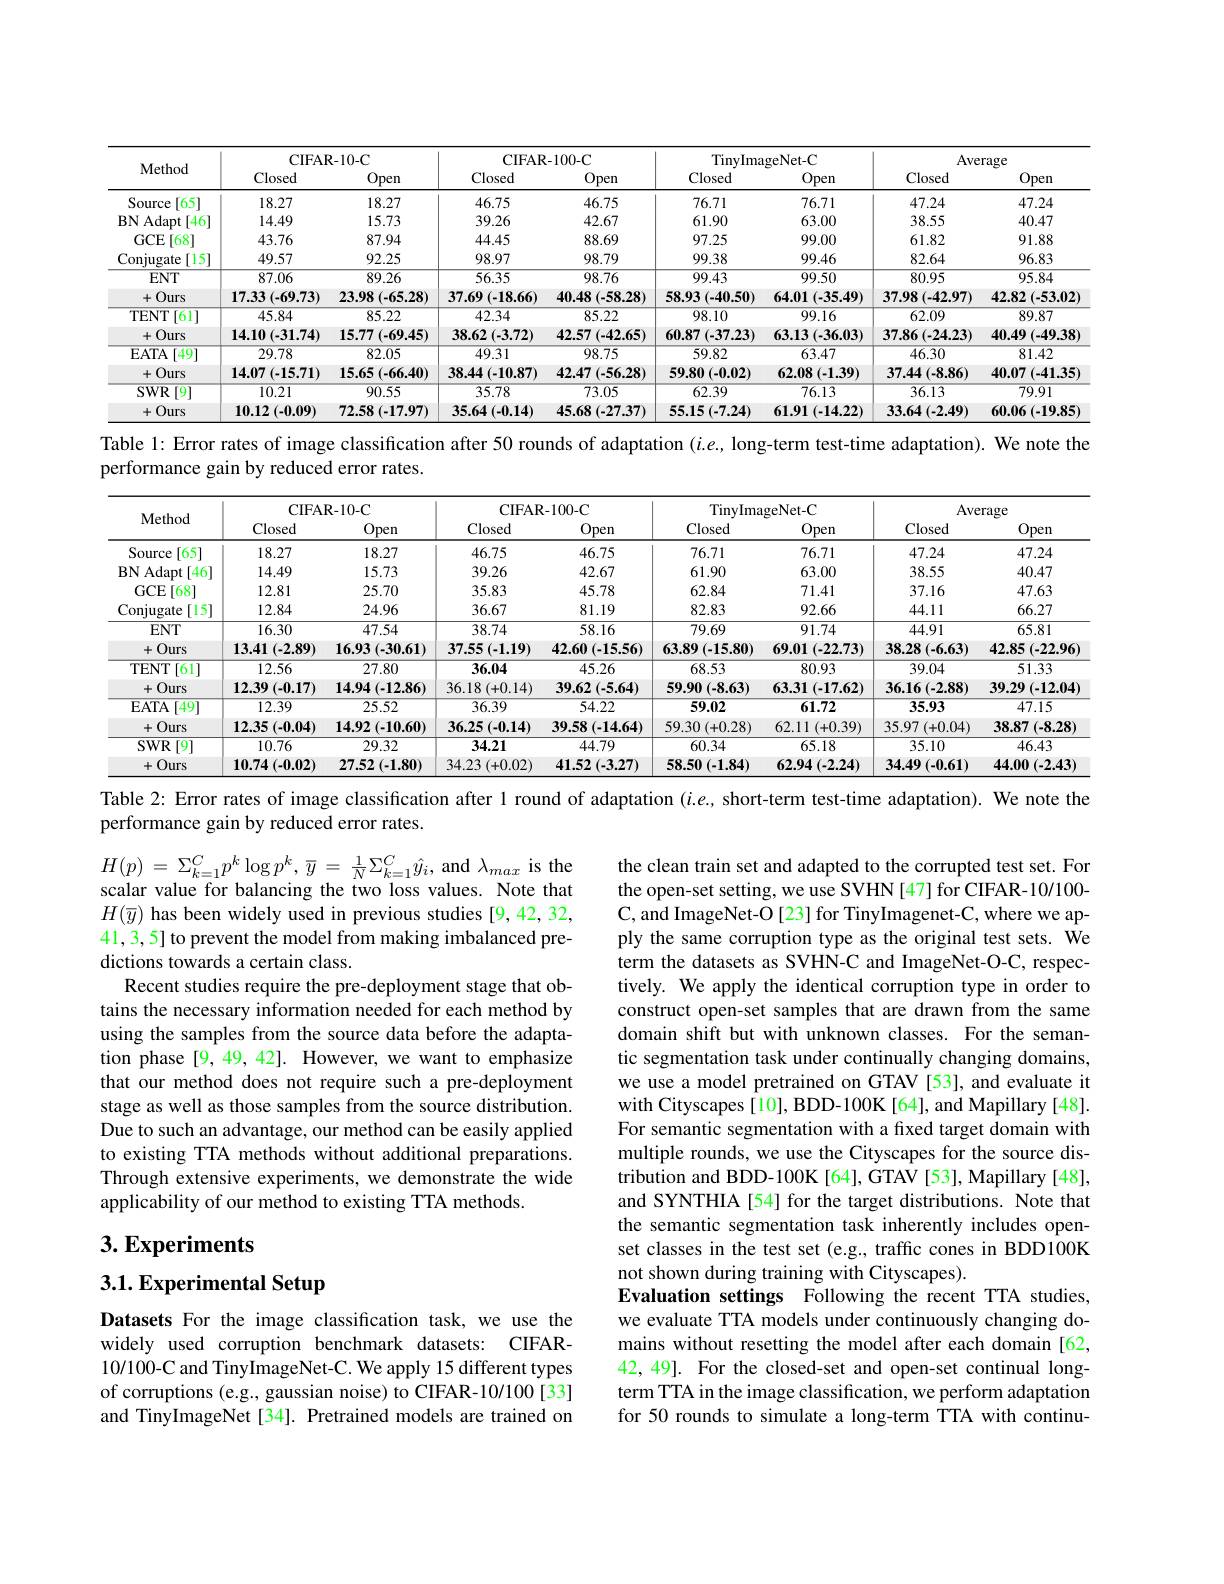
<table>
	<tbody>
		<tr>
			<th rowspan="2">Method</th>
			<th colspan="2">CIFAR-10-C</th>
			<th colspan="2">CIFAR-100-C</th>
			<th colspan="2">TinyImageNet-C</th>
			<th colspan="2">Average</th>
		</tr>
		<tr>
			<th>Closed</th>
			<th>Open</th>
			<th>Closed</th>
			<th>Open</th>
			<th>Closed</th>
			<th>Open</th>
			<th>Closed</th>
			<th>Open</th>
		</tr>
		<tr>
			<td>Source [65]</td>
			<td>18.27</td>
			<td>18.27</td>
			<td>46.75</td>
			<td>46.75</td>
			<td>76.71</td>
			<td>76.71</td>
			<td>47.24</td>
			<td>47.24</td>
		</tr>
		<tr>
			<td>BNAdapt [46]</td>
			<td>14.49</td>
			<td>15.73</td>
			<td>39.26</td>
			<td>42.67</td>
			<td>61.90</td>
			<td>63.00</td>
			<td>38.55</td>
			<td>40.47</td>
		</tr>
		<tr>
			<td>$GCE$ $[68^{..}]$</td>
			<td>43.76</td>
			<td>87.94</td>
			<td>44.45</td>
			<td>88.69</td>
			<td>97.25</td>
			<td>99.00</td>
			<td>61.82</td>
			<td>91.88</td>
		</tr>
		<tr>
			<td>Conjugate [15]</td>
			<td>49.57</td>
			<td>92.25</td>
			<td>98.97</td>
			<td>98.79</td>
			<td>99.38</td>
			<td>99.46</td>
			<td>82.64</td>
			<td>96.83</td>
		</tr>
		<tr>
			<td>$ENT$</td>
			<td>87.06</td>
			<td>89.26</td>
			<td>56.35</td>
			<td>98.76</td>
			<td>99.43</td>
			<td>99.50</td>
			<td>80.95</td>
			<td>95.84</td>
		</tr>
		<tr>
			<td>+( Ours </td>
			<td>17.33(-69.73)</td>
			<td>23.98(-65.28)</td>
			<td>37.69(-18.66)</td>
			<td>40.48(-58.28)</td>
			<td>58.93(-40.50)</td>
			<td>64.01(-35.49)</td>
			<td>37.98(-42.97)</td>
			<td>$42.82\left(-53.02\right)$</td>
		</tr>
		<tr>
			<td>TENT [61]</td>
			<td>45.84</td>
			<td>85.22</td>
			<td>42.34</td>
			<td>85.22</td>
			<td>98.10</td>
			<td>99.16</td>
			<td>62.09</td>
			<td>89.87</td>
		</tr>
		<tr>
			<td>+( Ours</td>
			<td>14.10(-31.74)</td>
			<td>15.77(-69.45)</td>
			<td>$38.62\left(-3.72\right)$</td>
			<td>42.57(-42.65)</td>
			<td>60.87(-37.23)</td>
			<td>63.13(-36.03)</td>
			<td>$37.86\left(-24.23\right)$</td>
			<td>40.49(-49.38</td>
		</tr>
		<tr>
			<td>EATA 49</td>
			<td>29.78</td>
			<td>82.05</td>
			<td>49.31</td>
			<td>98.75</td>
			<td>59.82</td>
			<td>63.47</td>
			<td>46.30</td>
			<td>81.42</td>
		</tr>
		<tr>
			<td>+( Ours </td>
			<td>$14.07\left(-15.71\right)$</td>
			<td>15.65(-66.40)</td>
			<td>38.44(-10.87)</td>
			<td>42.47(-56.28)</td>
			<td>59.80(-0.02)</td>
			<td>62.08(-1.39)</td>
			<td>37.44(-8.86)</td>
			<td>$40.07\left(-41.35\right.$</td>
		</tr>
		<tr>
			<td>$SWR$ 9</td>
			<td>10.21</td>
			<td>90.55</td>
			<td>35.78</td>
			<td>73.05</td>
			<td>62.39</td>
			<td>76.13</td>
			<td>36.13</td>
			<td>$\overline{79.91}$</td>
		</tr>
		<tr>
			<td>十 Ours</td>
			<td>$10.12\left(-0.09\right)$</td>
			<td>72.58(-17.97)</td>
			<td>35.64(-0.14)</td>
			<td>45.68(-27.37)</td>
			<td>55.15(-7.24)</td>
			<td>61.91(-14.22)</td>
			<td>33.64(-2.49)</td>
			<td>60.06(-19.85</td>
		</tr>
	</tbody>
</table>

Table 1: Error rates of image classification after 50 rounds of adaptation $(i.e$, long-term test-time adaptation). We note the

performance gain by reduced error rates.

<table>
	<tbody>
		<tr>
			<th rowspan="2">Method</th>
			<th colspan="2">CIFAR-10-C</th>
			<th colspan="2">CIFAR-100-C</th>
			<th colspan="2">TinyImageNet-C</th>
			<th colspan="2">Average</th>
		</tr>
		<tr>
			<th>Closed</th>
			<th>Open</th>
			<th>Closed</th>
			<th>Open</th>
			<th>Closed</th>
			<th>Open</th>
			<th>Closed</th>
			<th>Open</th>
		</tr>
		<tr>
			<td>Source [65]</td>
			<td>18.27</td>
			<td>18.27</td>
			<td>46.75</td>
			<td>46.75</td>
			<td>76.71</td>
			<td>76.71</td>
			<td>47.24</td>
			<td>47.24</td>
		</tr>
		<tr>
			<td>BNAdapt [46]</td>
			<td>14.49</td>
			<td>15.73</td>
			<td>39.26</td>
			<td>42.67</td>
			<td>61.90</td>
			<td>63.00</td>
			<td>38.55</td>
			<td>40.47</td>
		</tr>
		<tr>
			<td>$GCE$ $\lceil68\rceil$</td>
			<td>12.81</td>
			<td>25.70</td>
			<td>35.83</td>
			<td>45.78</td>
			<td>62.84</td>
			<td>71.41</td>
			<td>37.16</td>
			<td>47.63</td>
		</tr>
		<tr>
			<td>Conjugate [15]</td>
			<td>12.84</td>
			<td>24.96</td>
			<td>36.67</td>
			<td>81.19</td>
			<td>82.83</td>
			<td>92.66</td>
			<td>44.11</td>
			<td>66.27</td>
		</tr>
		<tr>
			<td>$ENT$</td>
			<td>16.30</td>
			<td>47.54</td>
			<td>38.74</td>
			<td>58.16</td>
			<td>79.69</td>
			<td>91.74</td>
			<td>44.91</td>
			<td>65.81</td>
		</tr>
		<tr>
			<td>$+Ours$ T</td>
			<td>$13.41\left(-2.89\right)$</td>
			<td>$16.93\left(-30.61\right)$</td>
			<td>$37.55\left(-1.19\right)$</td>
			<td>$42.60\left(-15.56\right)$</td>
			<td>63.89(-15.80)</td>
			<td>69.01(-22.73)</td>
			<td>38.28(-6.63)</td>
			<td>42.85(-22.96)</td>
		</tr>
		<tr>
			<td>TENT [61]</td>
			<td>12.56</td>
			<td>27.80</td>
			<td>36.04</td>
			<td>45.26</td>
			<td>68.53</td>
			<td>80.93</td>
			<td>39.04</td>
			<td>51.33</td>
		</tr>
		<tr>
			<td>Ours +(</td>
			<td>12.39(-0.17)</td>
			<td>$14.94\left(-12.86\right)$</td>
			<td>36.18(+0.14)</td>
			<td>$39.62\left(-5.64\right)$</td>
			<td>59.90(-8.63)</td>
			<td>$63.31\left(-17.62\right)$</td>
			<td>$36.16\left(-2.88\right)$</td>
			<td>$39.29\left(-12.04\right)$</td>
		</tr>
		<tr>
			<td>$\mathbf{EATA}$ $\overline{[49^-}$ 1</td>
			<td>12.39</td>
			<td>25.52</td>
			<td>36.39</td>
			<td>54.22</td>
			<td>59.02</td>
			<td>61.72</td>
			<td>35.93</td>
			<td>47.15</td>
		</tr>
		<tr>
			<td>Ours +( 1 </td>
			<td>12.35(-0.04)</td>
			<td>$14.92\left(-10.60\right)$</td>
			<td>$36.25\left(-0.14\right)$</td>
			<td>$39.58\left(-14.64\right)$</td>
			<td>$59.30\left(+0.28\right)$</td>
			<td>62.11 (+0.39)</td>
			<td>$35.97\left(+0.04\right)$</td>
			<td>38.87(-8.28)</td>
		</tr>
		<tr>
			<td>$SWR$ [9]</td>
			<td>10.76</td>
			<td>29.32</td>
			<td>34.21</td>
			<td>44.79</td>
			<td>60.34</td>
			<td>65.18</td>
			<td>35.10</td>
			<td>46.43</td>
		</tr>
		<tr>
			<td>Ours +( </td>
			<td>10.74(-0.02)</td>
			<td>$27.52\left(-1.80\right)$</td>
			<td>34.23(+0.02)</td>
			<td>$41.52\left(-3.27\right)$</td>
			<td>58.50(-1.84)</td>
			<td>62.94(-2.24)</td>
			<td>34.49(-0.61)</td>
			<td>44.00(-2.43)</td>
		</tr>
	</tbody>
</table>

Table 2: Error rates of image classification after 1 round of adaptation $(i.e$, short-term test-time adaptation). We note the
performance gain by reduced error rates.

$H( p)$ = $\Sigma _{k= 1}^{C}p^{k}\log p^{k}$, $\overline {y}$ = $\frac 1N\Sigma _{k= 1}^{C}\hat{y} _{i}$,and $\lambda_max$ is the scalar value for balancing the two loss values. Note that $H(\overline{y})$ has been widely used in previous studies [9,42,32, 41,3,5] to prevent the model from making imbalanced predictions towards a certain class.
Recent studies require the pre-deployment stage that obtains the necessary information needed for each method by using the samples from the source data before the adaptation phase [9,49,42]. However, we want to emphasize that our method does not require such a pre-deployment stage as well as those samples from the source distribution. Due to such an advantage, our method can be easily applied to existing TTA methods without additional preparations. Through extensive experiments, we demonstrate the wide applicability of our method to existing TTA methods.

the clean train set and adapted to the corrupted test set. For the open-set setting, we use SVHN[47] for CIFAR-10/100- C, and ImageNet-O [23] for TinyImagenet-C, where we apply the same corruption type as the original test sets. We term the datasets as SVHN-C and ImageNet-O-C, respectively. We apply the identical corruption type in order to construct open-set samples that are drawn from the same domain shift but with unknown classes. For the semantic segmentation task under continually changing domains, we use a model pretrained on GTAV [53], and evaluate it with Cityscapes [10], BDD-100K [64], and Mapillary [48]. For semantic segmentation with a fixed target domain with multiple rounds, we use the Cityscapes for the source distribution and BDD-100K [64], GTAV [53], Mapillary [48], and SYNTHIA[54] for the target distributions. Note that the semantic segmentation task inherently includes openset classes in the test set (e.g., traffic cones in BDD100K not shown during training with Cityscapes).
Evaluation settings Following the recent TTA studies, we evaluate TTA models under continuously changing domains without resetting the model after each domain [62, 42, 49]. For the closed-set and open-set continual longterm TTA in the image classification, we perform adaptation for 50 rounds to simulate a long-term TTA with continu-

$3. \textbf{Experiments}$

## 3.1. Experimental Setup

Datasets For the image classification task, we use the widely used corruption benchmark datasets: CIFAR- 10/100-C and TinyImageNet-C. We apply 15 different types of corruptions (e.g., gaussian noise) to CIFAR-10/100[33] and TinyImageNet[34]. Pretrained models are trained on